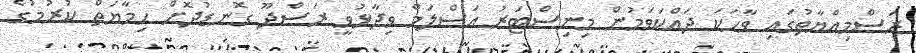
ރަސްމިއްޔާތުގައި ވާހަކަ ދައްކަވަމުން މިނިސްޓަރު އަސްލަމް ވިދާޅުވީ ރަސްދޫ ގޮނޑުދޮށް ހިމާޔަތް ކުރުމުގެ